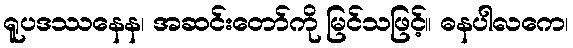
ရူပဒဿနေန၊ အဆင်းတော်ကို မြင်သဖြင့်။ ဓနပါလကေ၊